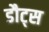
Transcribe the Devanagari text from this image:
डौट्स